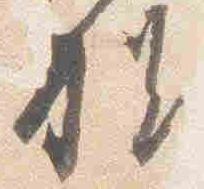
様